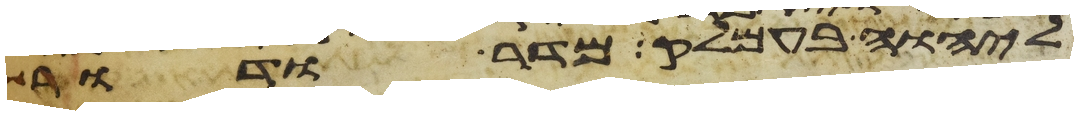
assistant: ליהוה בעמלק מדר ודר